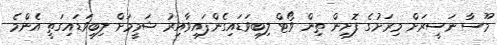
މޫސާ ނަސީރަށް މިރަށުގެ ފޮށިން ތިން ވޯޓް ލިބިވަޑައިގެންފައިވާއިރު ޝަމީމަށް ލިބިވަޑައިގަތީ އެންމެ